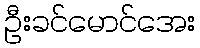
ဦးခင်မောင်အေး